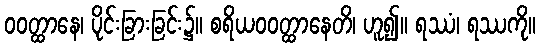
ဝဝတ္ထာနေ၊ ပိုင်းခြားခြင်း၌။ စရိယဝဝတ္ထာနေတိ၊ ဟူ၍။ ရဿံ၊ ရဿကို။